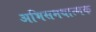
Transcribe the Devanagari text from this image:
अभिसमयात्मक